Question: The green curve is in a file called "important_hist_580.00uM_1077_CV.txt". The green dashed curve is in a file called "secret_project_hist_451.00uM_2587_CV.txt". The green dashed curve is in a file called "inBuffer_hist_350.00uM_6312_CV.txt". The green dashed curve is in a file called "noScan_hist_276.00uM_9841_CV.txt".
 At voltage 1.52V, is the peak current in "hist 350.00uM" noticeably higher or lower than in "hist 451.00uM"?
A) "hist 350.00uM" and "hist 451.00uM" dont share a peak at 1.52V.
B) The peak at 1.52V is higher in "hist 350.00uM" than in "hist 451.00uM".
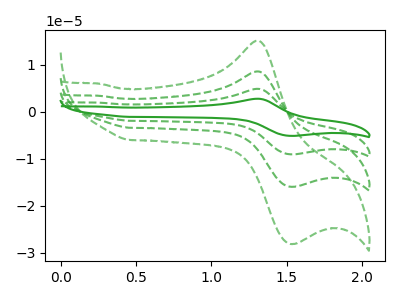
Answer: <think>The green curve "hist 580.00uM" has an anodic peak at (1.30V, 25.70uA) and a cathodic peak at (1.50V, -47.80uA). The green dashed curve "hist 451.00uM" has an anodic peak at (1.30V, 15.10uA) and a cathodic peak at (1.50V, -28.10uA). The green dashed curve "hist 350.00uM" has an anodic peak at (1.30V, 17.15uA) and a cathodic peak at (1.50V, -31.90uA). The green dashed curve "hist 276.00uM" has an anodic peak at (1.30V, 8.55uA) and a cathodic peak at (1.50V, -15.95uA).</think>
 <answer>B) The peak at 1.52V is higher in "hist 350.00uM" than in "hist 451.00uM".</answer>
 <eval>B</eval>